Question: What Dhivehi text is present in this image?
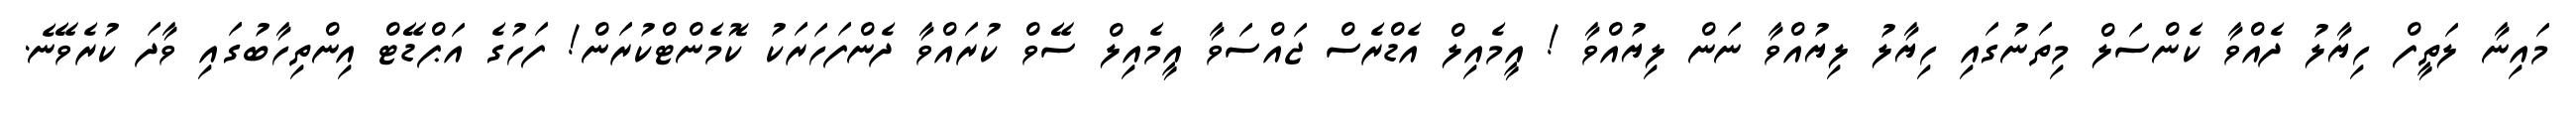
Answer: މައިނާ ލަތީފް ހިޔާލު ދެއްވާ ކެންސަލް މިތަނުގައި ހިޔާލު ލިޔުއްވާ ނަން ލިޔުއްވާ ! އީމެއިލް އެޑްރެސް ޖައްސަވާ އީމެއިލް ސޭވް ކުރައްވާ ދެންފަހަރަކު ކޮމެންޓްކުރަން! ފަހުގެ އަޕްޑޭޓް އިންތިހާބުގައި ވާދަ ކުރެވޭނެ.